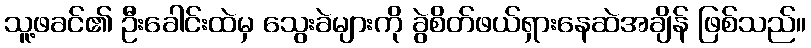
သူ့ဖခင်၏ ဦးခေါင်းထဲမှ သွေးခဲများကို ခွဲစိတ်ဖယ်ရှားနေဆဲအချိန် ဖြစ်သည်။